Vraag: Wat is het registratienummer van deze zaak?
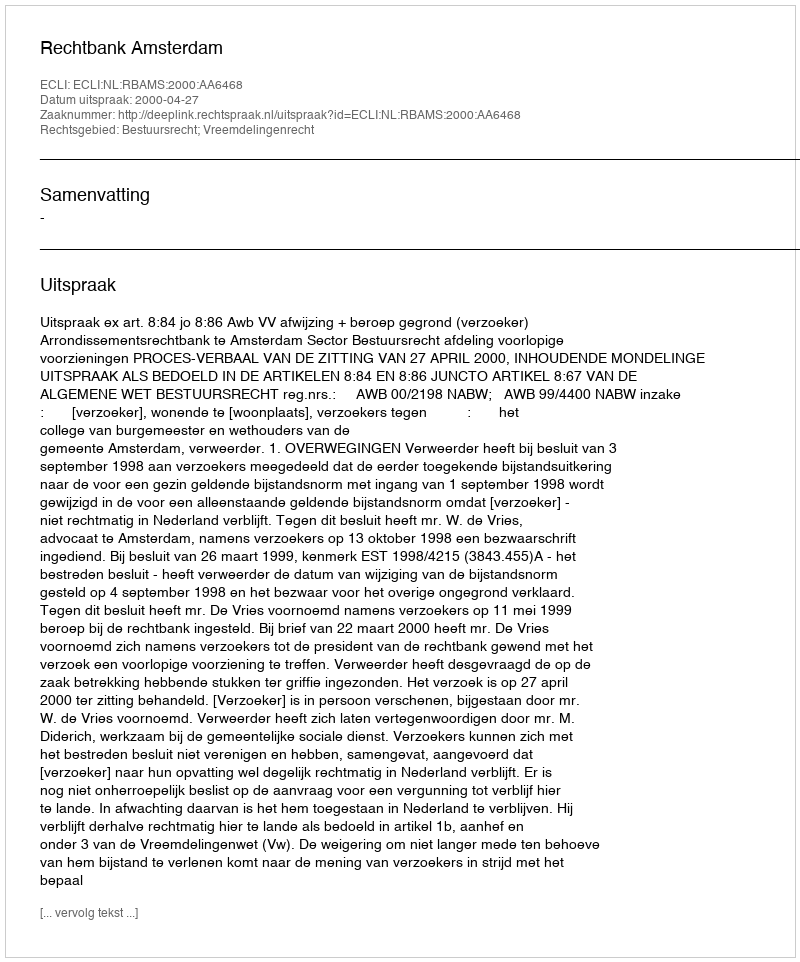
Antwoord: http://deeplink.rechtspraak.nl/uitspraak?id=ECLI:NL:RBAMS:2000:AA6468